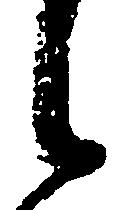
候